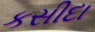
કસીદા